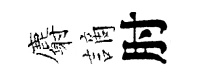
麝謫肘